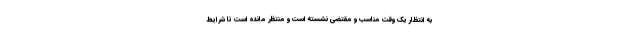
به انتظار یک وقت مناسب و مقتضی نشسته است و منتظر مانده است تا شرایط